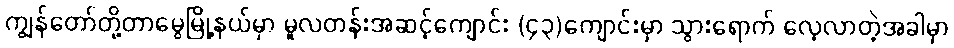
ကျွန်တော်တို့တာမွေမြို့နယ်မှာ မူလတန်းအဆင့်ကျောင်း (၄၃)ကျောင်းမှာ သွားရောက် လေ့လာတဲ့အခါမှာ